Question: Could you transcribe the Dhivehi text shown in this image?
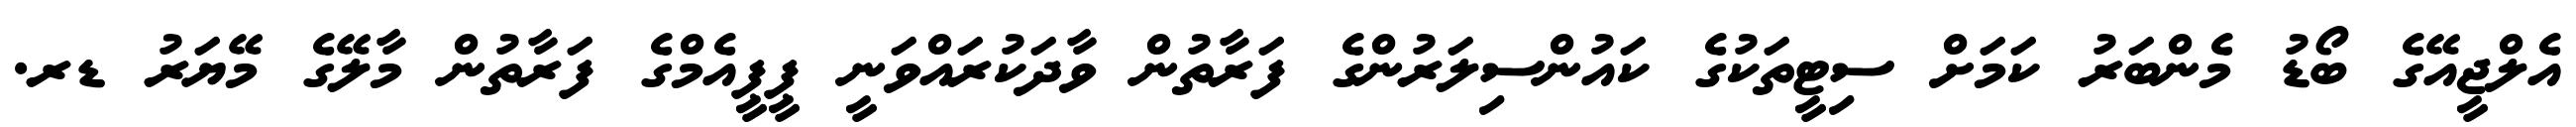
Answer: އެލްޖީއޭގެ ބޯޑު މެންބަރު ކަމަށް ސިޓީތަކުގެ ކައުންސިލަރުންގެ ފަރާތުން ވާދަކުރައްވަނީ ޕީޕީއެމްގެ ފަރާތުން މާލޭގެ މޭޔަރު ޑރ.